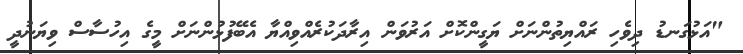
"އަޅުގަނޑު ދިވެހި ރައްޔިތުންނަށް ޔަގީންކޮށް އަރުވަން އިރާދަކުރެއްވިއްޔާ އެބޭފުޅުންނަށް މީގެ އިހުސާސް ވިޔަނުދީ